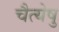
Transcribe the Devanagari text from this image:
चैत्येषु